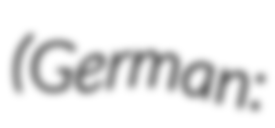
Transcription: (German: